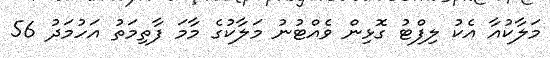
މަލާކުއާ އެކު ލިފްޓު ގޮޅިން ވެއްޓުނު މަލާކުގެ މާމަ ފާތިމަތު އަހުމަދު 56